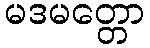
မဒမတ္တော